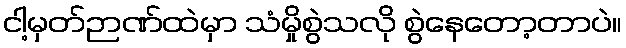
ငါ့မှတ်ဉာဏ်ထဲမှာ သံမှိုစွဲသလို စွဲနေတော့တာပဲ။